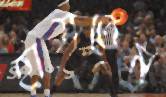
হাসতেম